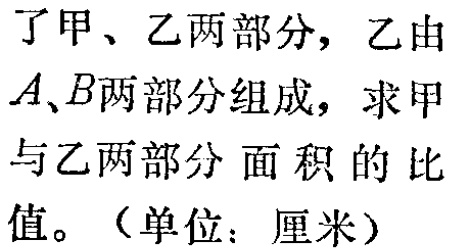
了甲、乙两部分，乙由

\(A、B\)两部分组成，求甲

与乙两部分面积的比

值。（单位：厘米）